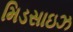
મિડસાઇઝ